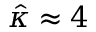
\hat { \kappa } \approx 4